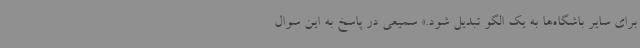
برای سایر باشگاه‌ها به یک الگو تبدیل شود.» سمیعی در پاسخ به این سوال